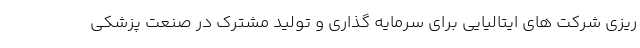
ریزی شرکت های ایتالیایی برای سرمایه گذاری و تولید مشترک در صنعت پزشکی